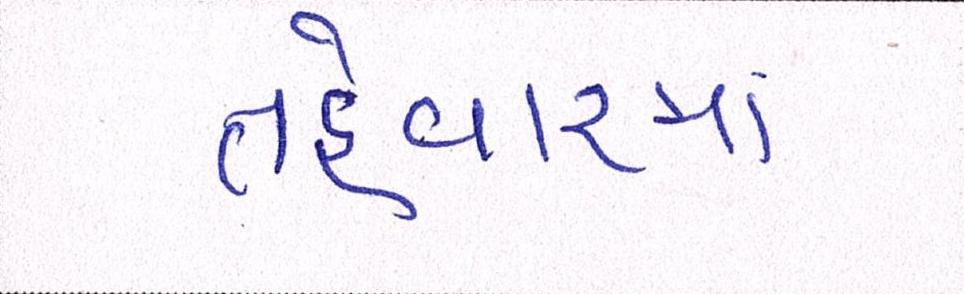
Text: તહેવારમાં